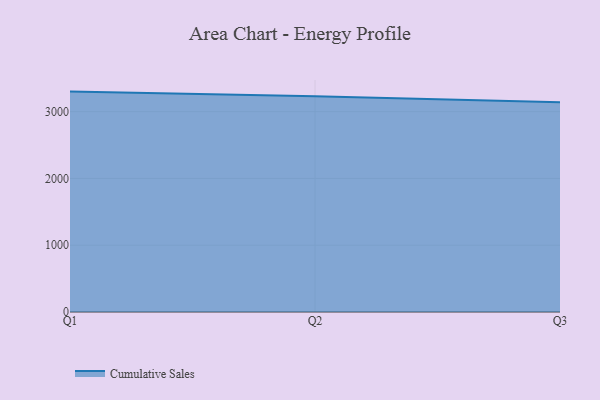
{"axis": {"x": "Quarter", "y": "Latency (ms)"}, "legend": ["Cumulative Sales"], "data": [{"x": "Q1", "y": 3300.0, "type": "Cumulative Sales"}, {"x": "Q2", "y": 3228.7, "type": "Cumulative Sales"}, {"x": "Q3", "y": 3141.8, "type": "Cumulative Sales"}]}